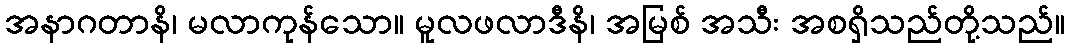
အနာဂတာနိ၊ မလာကုန်သော။ မူလဖလာဒီနိ၊ အမြစ် အသီး အစရှိသည်တို့သည်။